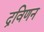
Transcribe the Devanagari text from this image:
द्रविणन